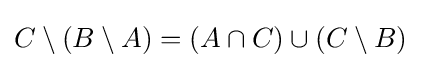
C\setminus (B\setminus A)=(A\cap C)\cup (C\setminus B)